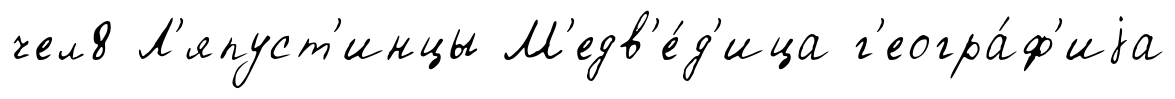
чел8 Л'япуст'инцы М'едв'е́д'ица г'еогра́ф'иjа